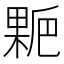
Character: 𰘋